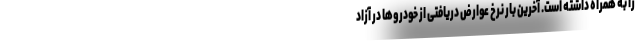
را به همراه داشته است. آخرین بار نرخ عوارض دریافتی از خودروها در آزاد